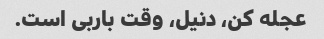
عجله کن، دنیل، وقت باربی است.